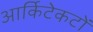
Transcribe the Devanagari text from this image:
आर्किटेकटों